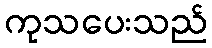
ကုသပေးသည်